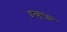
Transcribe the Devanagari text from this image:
इन्‍फ्लुएंझा